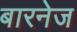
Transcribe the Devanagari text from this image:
बारनेज